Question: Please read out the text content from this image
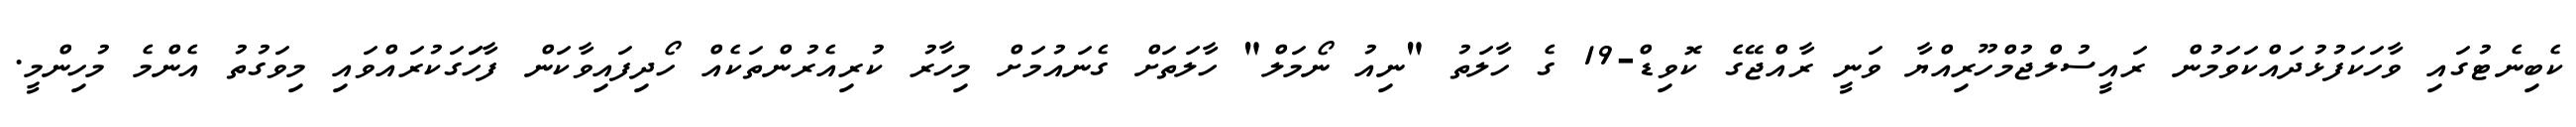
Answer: ކެބިނެޓުގައި ވާހަކަފުޅުދައްކަވަމުން ރައީސުލްޖުމްހޫރިއްޔާ ވަނީ ރާއްޖޭގެ ކޮވިޑް-19 ގެ ހާލަތު "ނިއު ނޯމަލް" ހާލަތަށް ގެނައުމަށް މިހާރު ކުރިއެރުންތަކެއް ހޯދިފައިވާކަން ފާހަަގަކުރައްވައި މިވަގުތު އެންމެ މުހިންމީ.